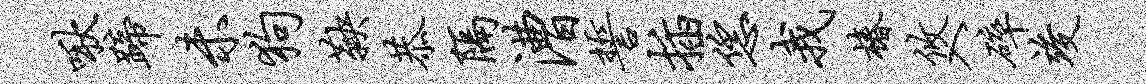
啾蹄未狗鞅恭隔漕誓插恁我椿攸入碎竣